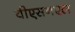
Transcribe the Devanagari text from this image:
वीएसनएल